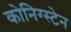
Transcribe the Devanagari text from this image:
कोनिग्स्टेन